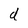
Character: d